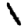
Digit: 1